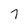
Character: 7